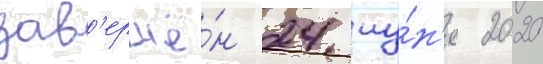
зав'ершё́н 24 иу́н'я 2020